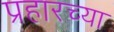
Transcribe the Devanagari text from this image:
प्रहारच्या